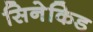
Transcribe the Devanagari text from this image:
सिनेकिड